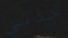
جدتي